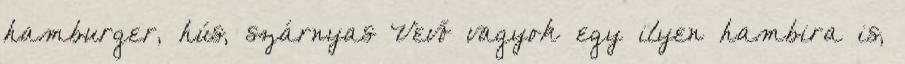
hamburger, hús, szárnyas Vevő vagyok egy ilyen hambira is,